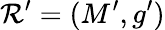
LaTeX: \mathcal{R}^{\prime}=(M^{\prime},g^{\prime})